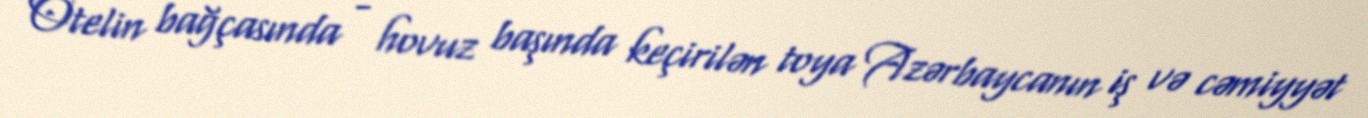
Otelin bağçasında - hovuz başında keçirilən toya Azərbaycanın iş və cəmiyyət